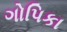
ગોપિકા